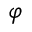
\varphi